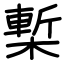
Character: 槧